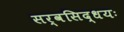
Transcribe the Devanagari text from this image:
सर्वसिद्धयः